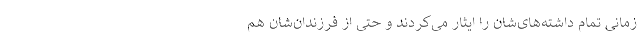
زمانی تمام داشته‌های‌شان را ایثار می‌کردند و حتی از فرزندان‌شان هم